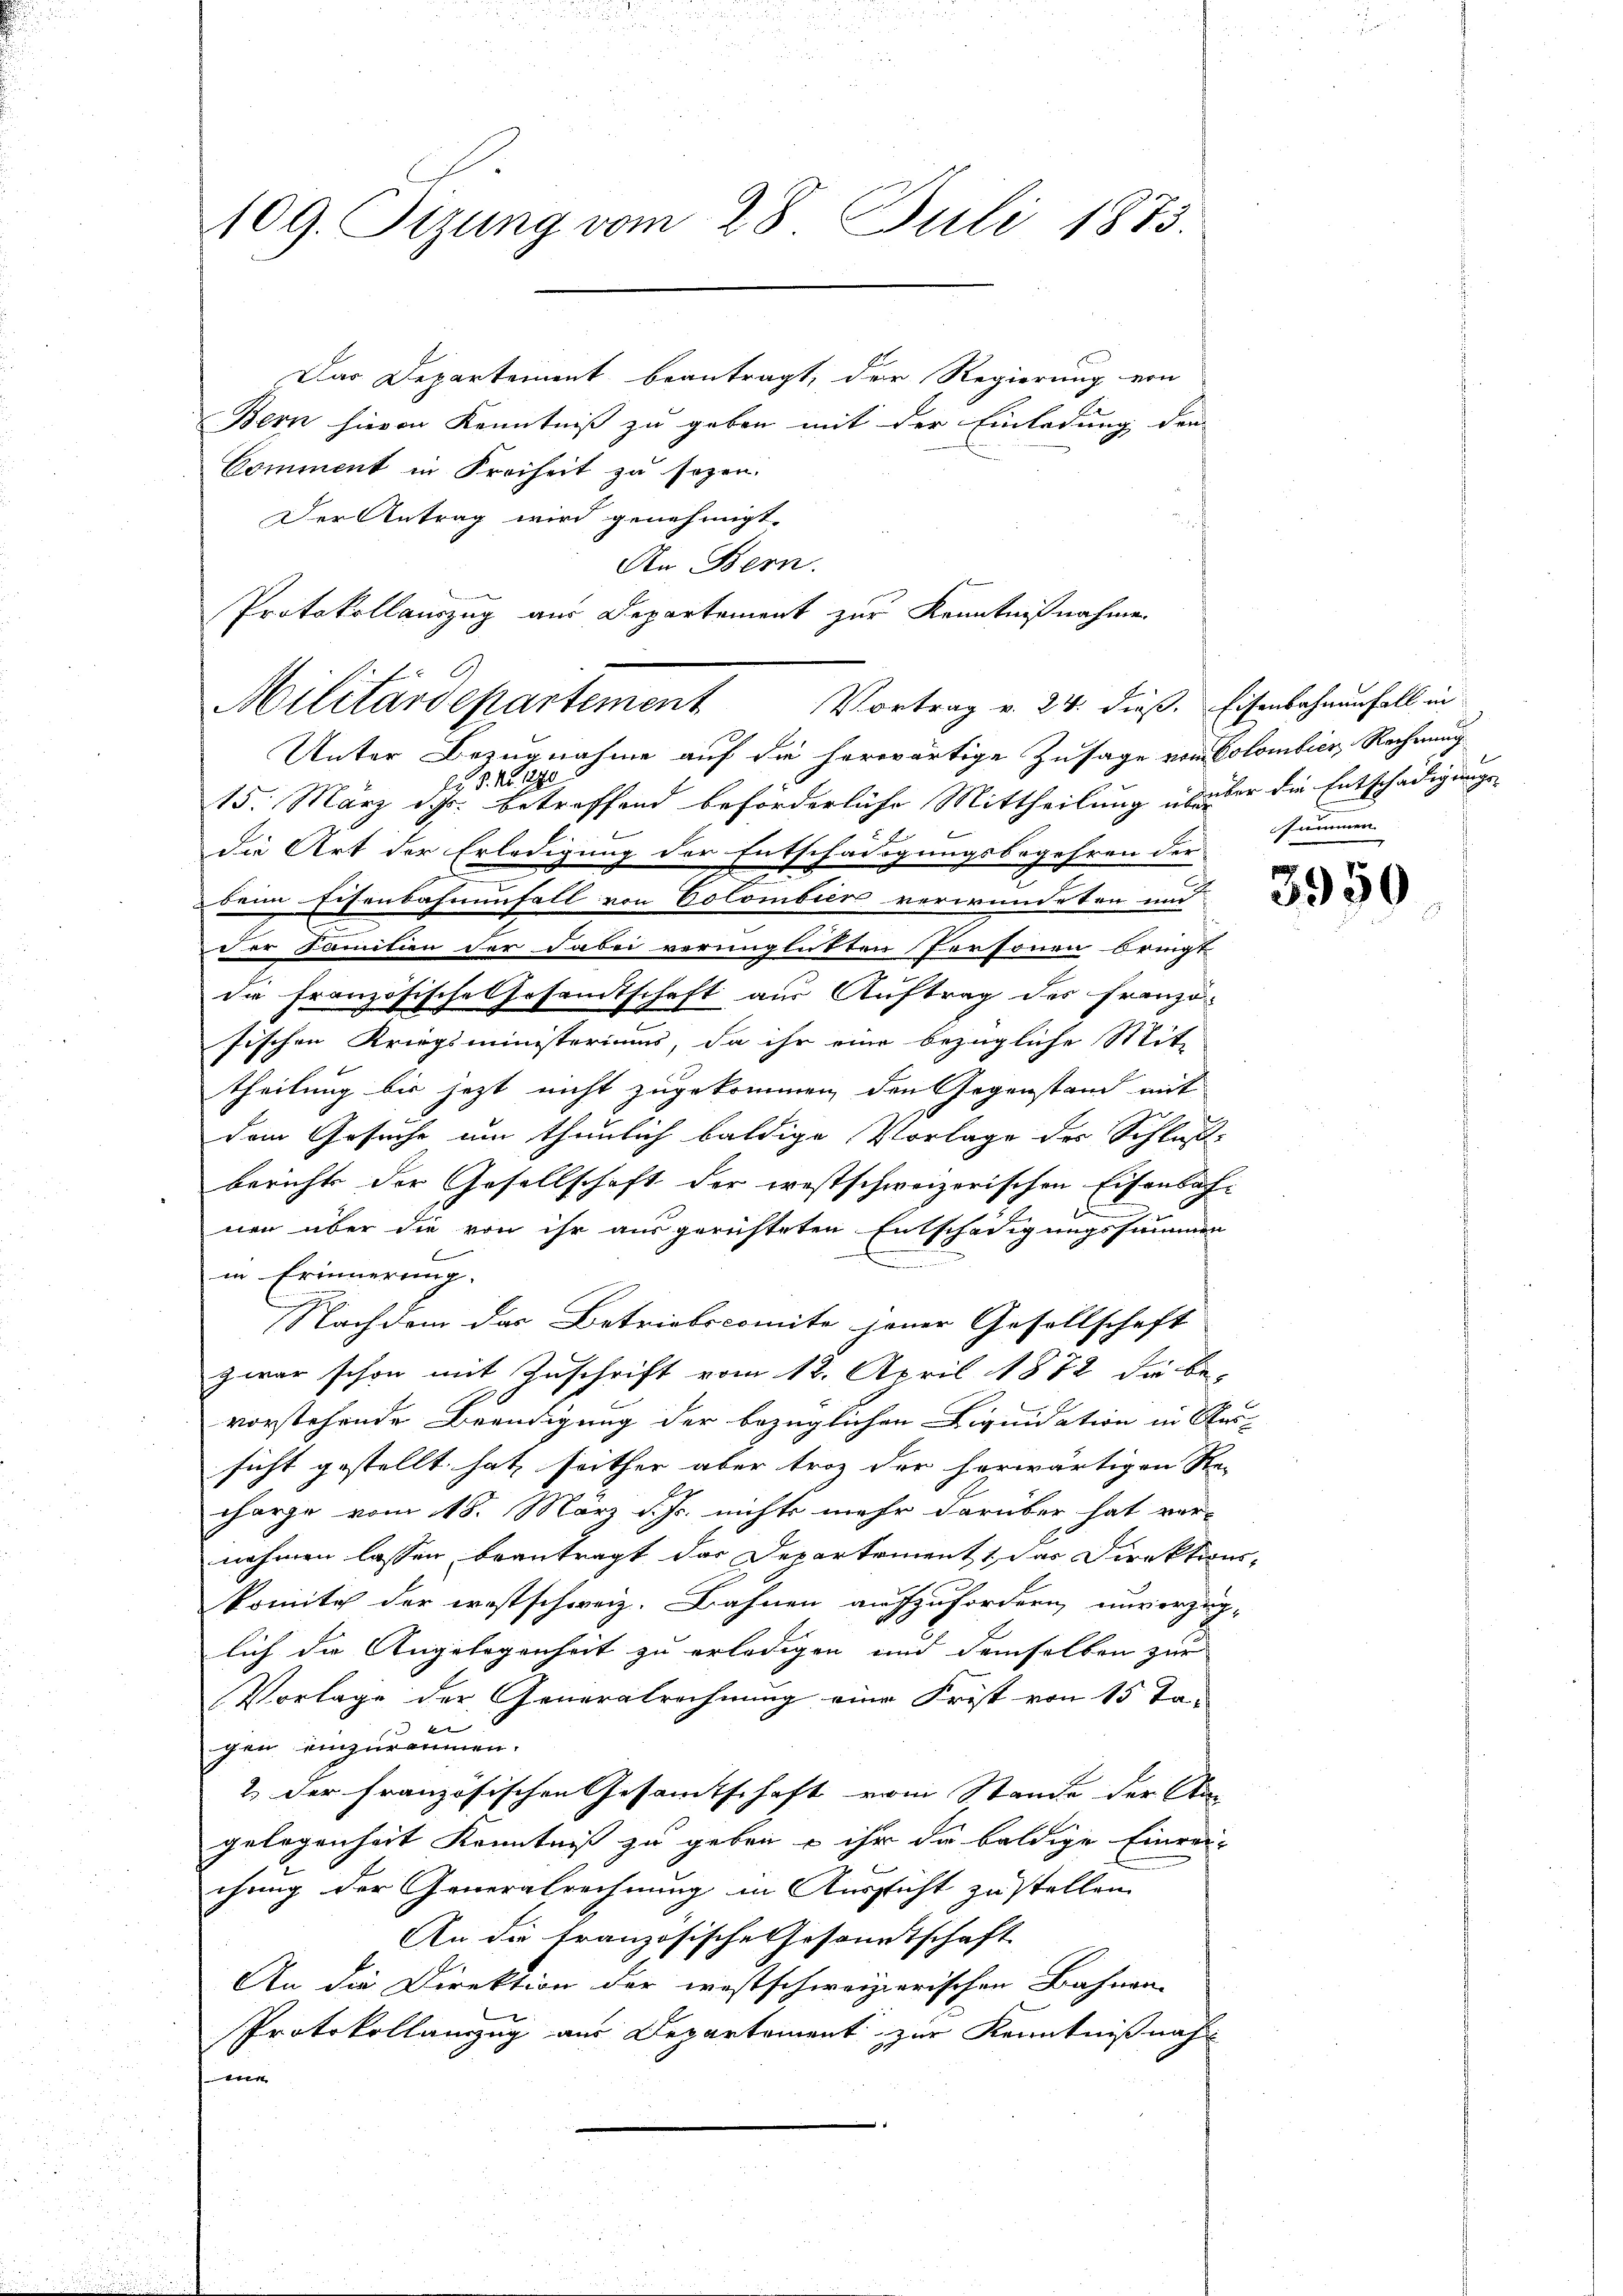
109. Sizung vom 28. Juli 1873.

Das Departement beantragt, der Regierung von
Bern hievon Kenntniß zu geben mit der Einladung den
Comment in Freiheit zu sezen.
Der Antrag wird genehmigt.
An Bern.
Protokollauszug aus Departement zur Kenntnißnahmen

Militärdepartement Vortrag v. 24. dieß. Eisenbahnenfall in

Unter Bezugnahme auf die herwärtige Zusage vom Colombier, Rechnung
li S. Nr. 1890
15. März d. Js. betreffend beförderliche Mittheilung übader die Entschädigungs-
die Art der Erledigung der Entschädigungsbegehren der
beim Eisenbahnenfall von Colombien verwendeten und
der Familien der dabei verunglückten Personen bringt
die Französische Gesamtschaft aus Auftrag des Franzö-
fischen Kriegsministeriums, da ihr eine bezügliche Mit-
theilung bis jezt nicht zugekommen, den Gegenstand mit
dem Gesuche um thunlich baldige Vorlage des Schluß-
berichts der Gesellschaft der prestschweizerischen Eisenbach-
nen über die von ihr ausgerichteten Entschädigungssummen
in Erinnerung.
Nachdem das Betriebscomite jener Gesellschaft
zwar schon mit Zuschrift vom 12. April 1872 die be-
vorstehende Beendigung der bezüglichen Liquidation in Aus-
sicht gestellt hat, seither aber troz der herwärtigen Re-
charge vom 18. März d. Js. nichts mehr darüber hat ver-
nehmen lassen beantragt das Departement, das Direktions-
komite der ernstschweiz. Bahnen aufzufordern unverzüg-
lich die Angelegenheit zu erledigen und demselben zur
Vorlage der Generalrechnung eine Frist von 15 Ta-
gen einzuräumen.
2. Der französischen Gesamtschaft vom Stande der An
gelegenheit Kenntniß zu geben u ihr die baldige Einreichung der Generalrechnung in Aussicht zu stellen
An die französische Gesandtschaft
An die Direktion der westschweizerischen Bahnen-
Protokollanzug aus Departement zur Kenntnißnah
s ein

summen.